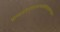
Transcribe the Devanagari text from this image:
प्राप्यावंतीनुदयनकथाकोविदग्रामवृद्धान्